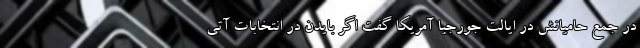
در جمع حامیانش در ایالت جورجیا آمریکا گفت اگر بایدن در انتخابات آتی